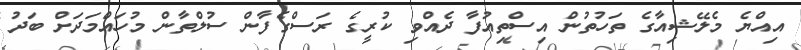
އިއްޔެ މެލޭޝިއާގެ ތަހުތުން އިސްތިއުފާ ދެއްވި ކުރީގެ ރަސްގެފާން ސުލްތާން މުހައްމަދަށް ބަދު